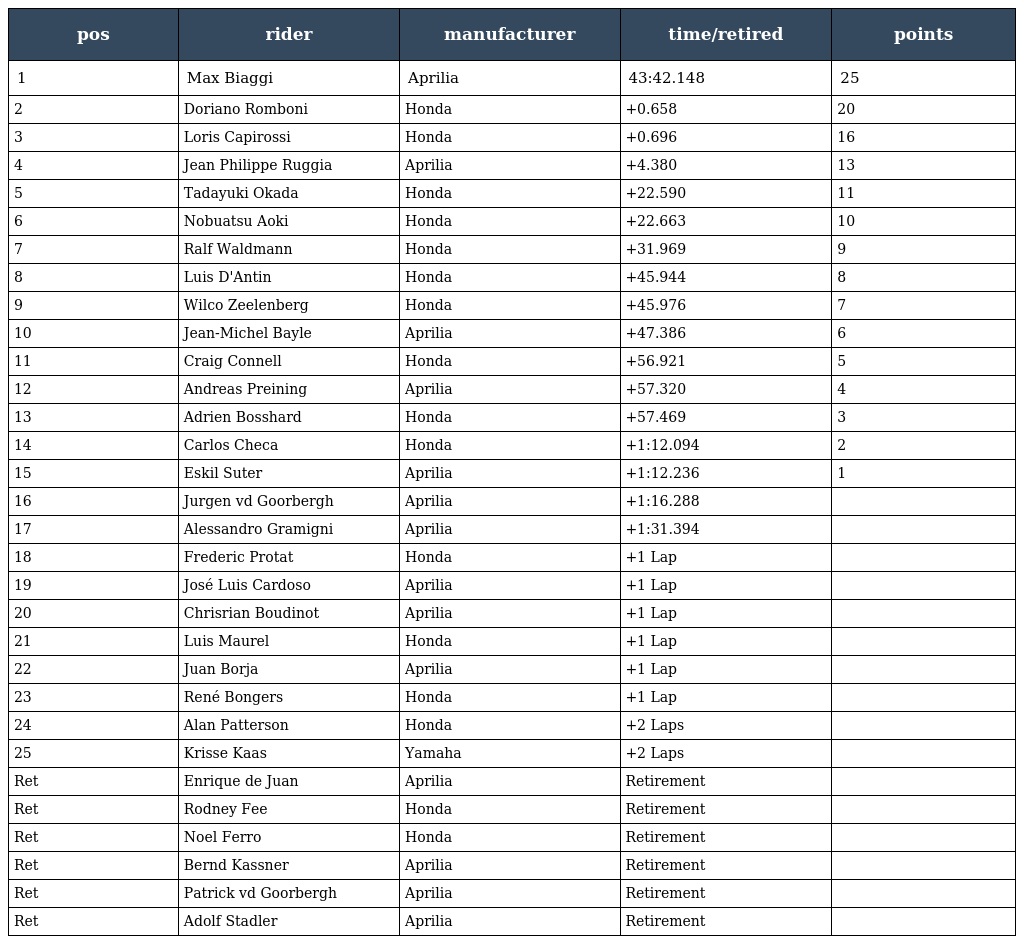
| pos | rider | manufacturer | time/retired | points |
 | --- | --- | --- | --- | --- |
 | 1 | Max Biaggi | Aprilia | 43:42.148 | 25 |
 | 2 | Doriano Romboni | Honda | +0.658 | 20 |
 | 3 | Loris Capirossi | Honda | +0.696 | 16 |
 | 4 | Jean Philippe Ruggia | Aprilia | +4.380 | 13 |
 | 5 | Tadayuki Okada | Honda | +22.590 | 11 |
 | 6 | Nobuatsu Aoki | Honda | +22.663 | 10 |
 | 7 | Ralf Waldmann | Honda | +31.969 | 9 |
 | 8 | Luis D'Antin | Honda | +45.944 | 8 |
 | 9 | Wilco Zeelenberg | Honda | +45.976 | 7 |
 | 10 | Jean-Michel Bayle | Aprilia | +47.386 | 6 |
 | 11 | Craig Connell | Honda | +56.921 | 5 |
 | 12 | Andreas Preining | Aprilia | +57.320 | 4 |
 | 13 | Adrien Bosshard | Honda | +57.469 | 3 |
 | 14 | Carlos Checa | Honda | +1:12.094 | 2 |
 | 15 | Eskil Suter | Aprilia | +1:12.236 | 1 |
 | 16 | Jurgen vd Goorbergh | Aprilia | +1:16.288 |  |
 | 17 | Alessandro Gramigni | Aprilia | +1:31.394 |  |
 | 18 | Frederic Protat | Honda | +1 Lap |  |
 | 19 | José Luis Cardoso | Aprilia | +1 Lap |  |
 | 20 | Chrisrian Boudinot | Aprilia | +1 Lap |  |
 | 21 | Luis Maurel | Honda | +1 Lap |  |
 | 22 | Juan Borja | Aprilia | +1 Lap |  |
 | 23 | René Bongers | Honda | +1 Lap |  |
 | 24 | Alan Patterson | Honda | +2 Laps |  |
 | 25 | Krisse Kaas | Yamaha | +2 Laps |  |
 | Ret | Enrique de Juan | Aprilia | Retirement |  |
 | Ret | Rodney Fee | Honda | Retirement |  |
 | Ret | Noel Ferro | Honda | Retirement |  |
 | Ret | Bernd Kassner | Aprilia | Retirement |  |
 | Ret | Patrick vd Goorbergh | Aprilia | Retirement |  |
 | Ret | Adolf Stadler | Aprilia | Retirement |  |